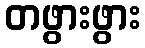
တဖွားဖွား